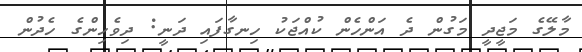
މާލޭގެ މަޖީދީ މަގުން ދެ އަންހެން ކުއްޖަކު ހިނގާފައި ދަނީ: ދިވެހިންގެ ހެދުން